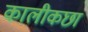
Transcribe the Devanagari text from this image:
कालीकछा